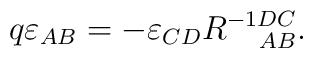
q\varepsilon_{AB}=-\varepsilon_{CD} R^{-1DC}_{\;\;\;\;\;AB}.